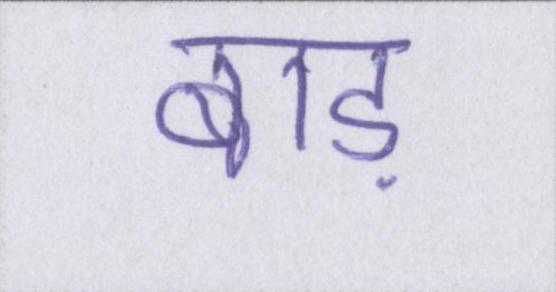
बाड़